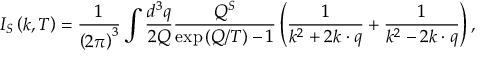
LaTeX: I _ { S } \left( k , T \right) = \frac 1 { \left( 2 \pi \right) ^ { 3 } } \int \frac { d ^ { 3 } q } { 2 Q } \frac { Q ^ { S } } { \exp \left( Q / T \right) - 1 } \left( \frac 1 { k ^ { 2 } + 2 k \cdot q } + \frac 1 { k ^ { 2 } - 2 k \cdot q } \right) ,